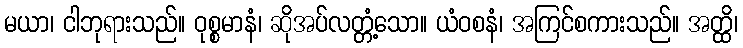
မယာ၊ ငါဘုရားသည်။ ဝုစ္စမာနံ၊ ဆိုအပ်လတ္တံ့သော။ ယံဝစနံ၊ အကြင်စကားသည်။ အတ္ထိ၊